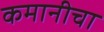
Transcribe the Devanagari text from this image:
कमानीचा